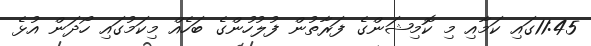
11:45ގައި ކަމާއި މި ކޮމިޝަންގެ ފަރާތުން ފުލުހުންގެ ބަހެއް މިކަމުގައި ހޯދަން އުޅެ